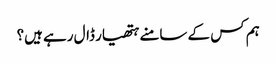
ہم کس کے سامنے ہتھیار ڈال رہے ہیں؟